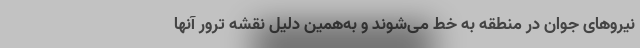
نیروهای جوان در منطقه به خط می‌شوند و به‌همین دلیل نقشه ترور آنها